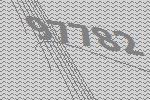
97782